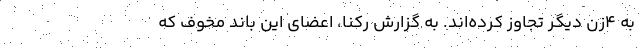
به ۴زن دیگر تجاوز کرده‌اند. به گزارش رکنا، اعضای این باند مخوف که